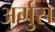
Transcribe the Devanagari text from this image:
अर्गुस